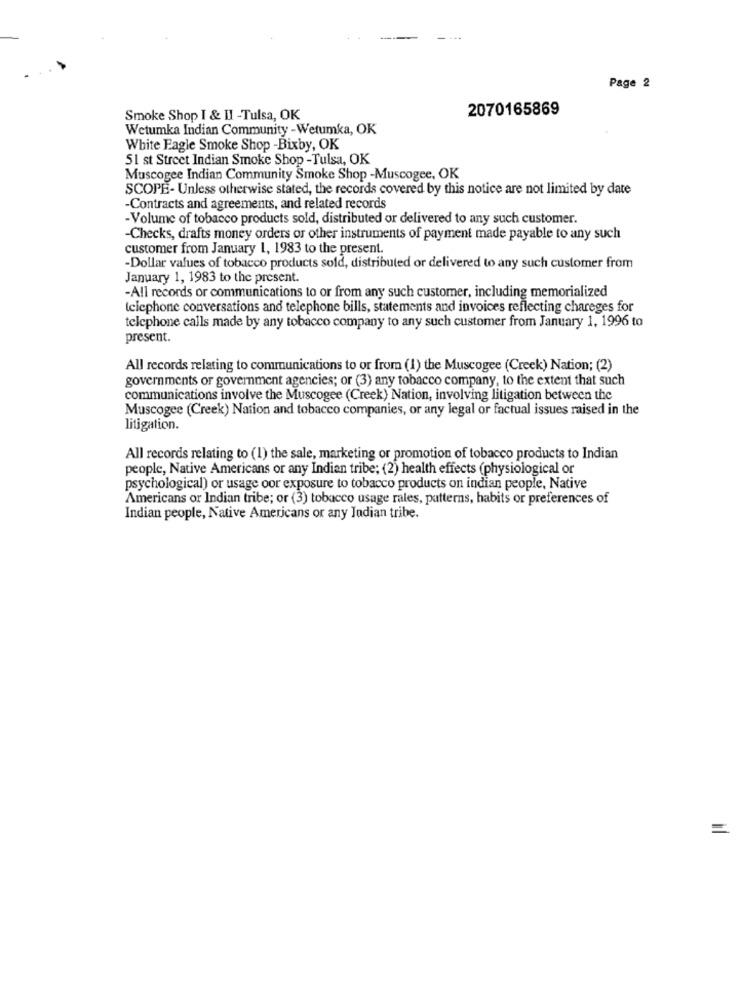
Page 2
2070165869
Smoke Shop I & II -Tulsa, OK
Wetumka Indian Community -Wetumka, OK
White Eagle Smoke Shop -Bixby, OK
51 st Street Indian Smoke Shop -Tulsa, OK
Muscogee Indian Community Smoke Shop -Muscogee, OK
SCOPE- Unless otherwise stated, the records covered by this notice are not limited by date
-Contracts and agreements, and related records
-Volume of tobacco products sold, distributed or delivered to any such customer.
-Checks, drafts money orders or other instruments of payment made payable to any such
customer from January 1, 1983 to the present.
-Dollar values of tobacco products sold, distributed or delivered to any such customer from
January 1, 1983 to the present.
-All records or communications to or from any such customer, including memorialized
telephone conversations and telephone bills, statements and invoices reflecting chareges for
telephone calls made by any tobacco company to any such customer from January 1, 1996 to
present.
All records relating to communications to or from (1) the Muscogee (Creek) Nation; (2)
governments or government agencies; or (3) any tobacco company, to the extent that such
communications involve the Muscogee (Creek) Nation, involving litigation between the
Muscogee (Creek) Nation and tobacco companies, or any legal or factual issues raised in the
litigation.
All records relating to (1) the sale, marketing or promotion of tobacco products to Indian
people, Native Americans or any Indian tribe; (2) health effects (physiological or
psychological) or usage oor exposure to tobacco products on indian people, Native
Americans or Indian tribe; or (3) tobacco usage rales, patterns, habits or preferences of
Indian people, Native Americans or any Jadian tribe.
=